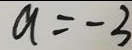
a = - 3